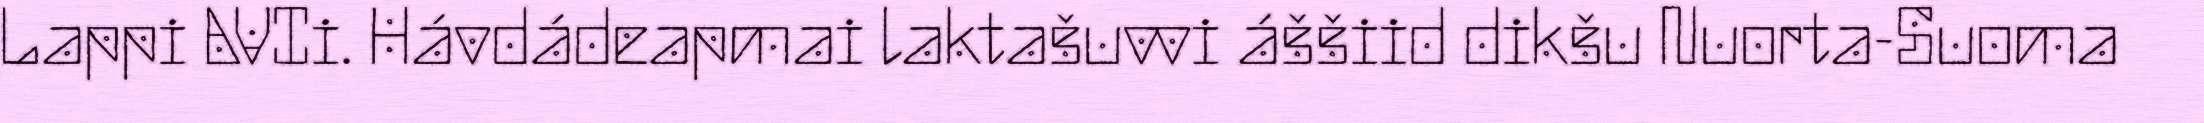
Lappi AVIi. Hávdádeapmai laktašuvvi áššiid dikšu Nuorta-Suoma